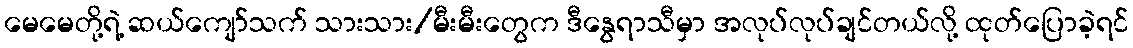
မေမေတို့ရဲ့ ဆယ်ကျော်သက် သားသား/မီးမီးတွေက ဒီနွေရာသီမှာ အလုပ်လုပ်ချင်တယ်လို့ ထုတ်ပြောခဲ့ရင်